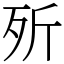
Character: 歽